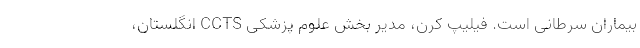
بیماران سرطانی است. فیلیپ کرن، مدیر بخش علوم پزشکی CCTS انگلستان،